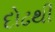
દોઢથી